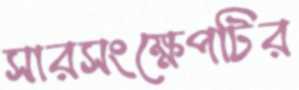
সারসংক্ষেপটির